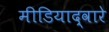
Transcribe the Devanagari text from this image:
मीडियाद्वारे